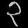
Digit: ၃